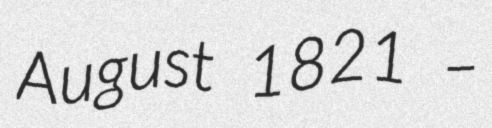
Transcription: August 1821 –